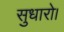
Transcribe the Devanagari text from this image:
सुधारो।